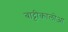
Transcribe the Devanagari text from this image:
बाट्टीकालोआ